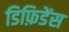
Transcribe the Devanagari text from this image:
डिफ़िडेंस